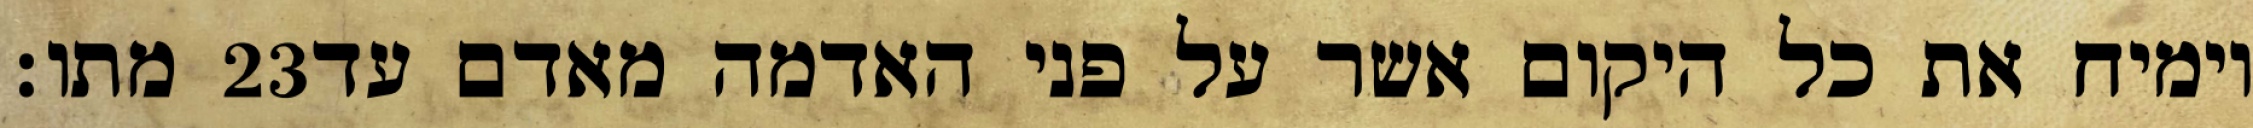
מתו׃ ‎23‏ וימיח את כל היקום אשר על פני האדמה מאדם עד